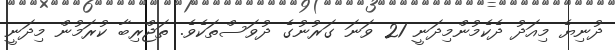
ދުނިޔެ މިއަދު ދެކެމުންމިދަނީ 21 ވަނަ ގަރުނުގެ ދުވަސްތަކެވެ. ތަޖްރިބާ ކުރަމުން މިދަނީ